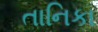
તાનિકા